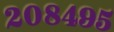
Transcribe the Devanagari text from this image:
२०८४९५